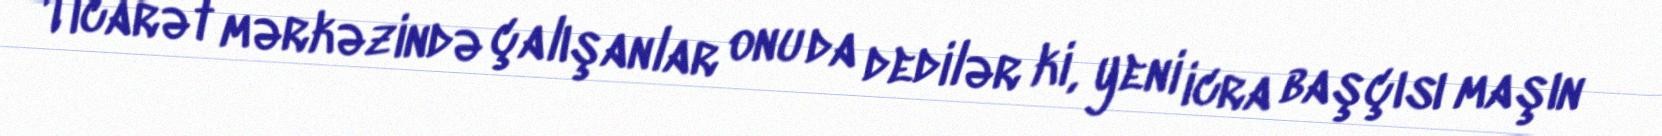
Ticarət mərkəzində çalışanlar onu da dedilər ki, yeni icra başçısı maşın